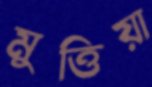
মুত্তিয়া